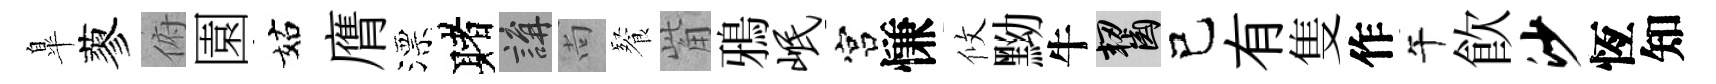
臯蓼俯園姑膺漂赌講尚餐觜鴉岷宫慊攸黝牛齧己有隻作午飮沙恆知